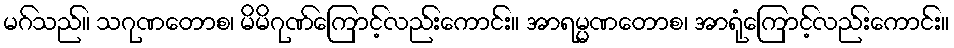
မဂ်သည်။ သဂုဏတောစ၊ မိမိဂုဏ်ကြောင့်လည်းကောင်း။ အာရမ္မဏတောစ၊ အာရုံကြောင့်လည်းကောင်း။